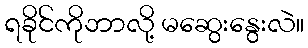
ရခိုင်ကိုဘာလို့ မဆွေးနွေးလဲ။